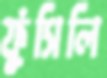
ফুঁসিলি